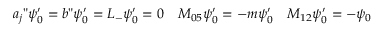
a _ { j } " \psi _ { 0 } ^ { \prime } = b " \psi _ { 0 } ^ { \prime } = L _ { - } \psi _ { 0 } ^ { \prime } = 0 \quad M _ { 0 5 } \psi _ { 0 } ^ { \prime } = - m \psi _ { 0 } ^ { \prime } \quad M _ { 1 2 } \psi _ { 0 } ^ { \prime } = - \psi _ { 0 }